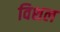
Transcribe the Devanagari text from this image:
विशल